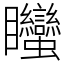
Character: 䂅